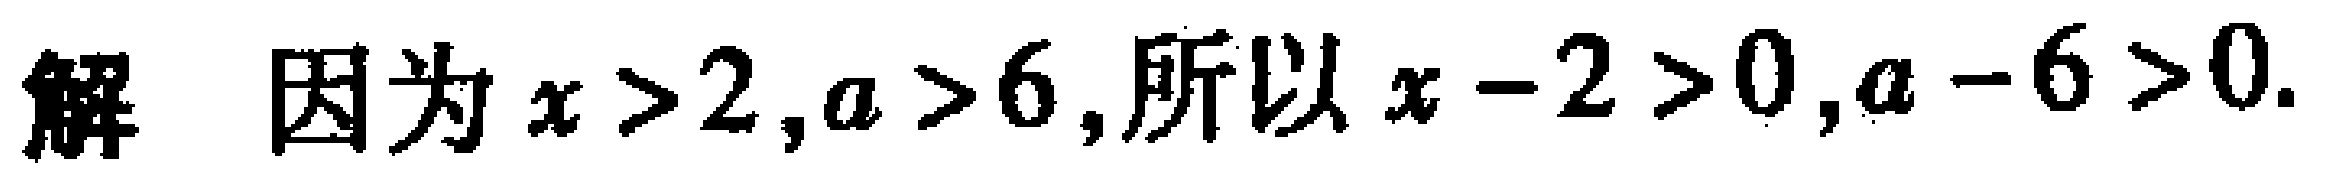
解 因为$x > 2,a > 6$,所以$x - 2 > 0,a - 6 > 0$.